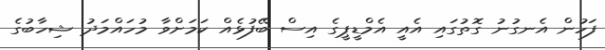
ފަހުން އެނގުނު ގޮތުގައި އެއީ އެމްޑީޕީގެ އިސް ބޭފުޅެއް ކަމަށްވާ މުހައްމަދު ޝިހާބުގެ